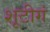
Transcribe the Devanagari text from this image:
शूटीगं